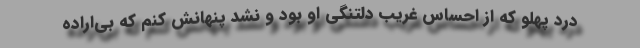
درد پهلو که از احساس غریب دلتنگی او بود و نشد پنهانش کنم که بی‌اراده